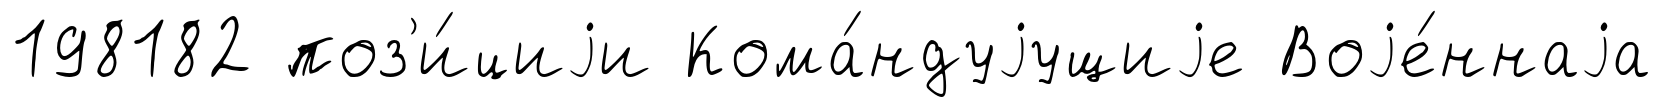
198182 поз'и́циjи Кома́ндуjущиjе Воjе́ннаjа